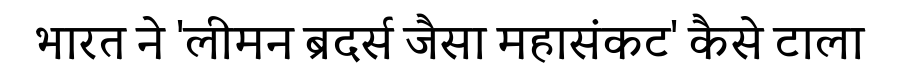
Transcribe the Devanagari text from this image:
भारत ने 'लीमन ब्रदर्स जैसा महासंकट' कैसे टाला